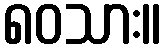
၈၀သား။